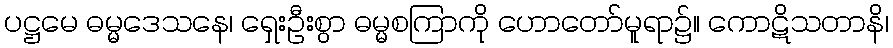
ပဋ္ဌမေ ဓမ္မဒေသနေ၊ ရှေးဦးစွာ ဓမ္မစကြာကို ဟောတော်မူရာ၌။ ကောဋိသတာနိ၊